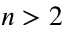
n > 2